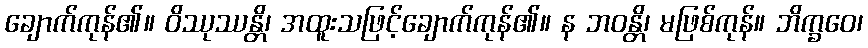
ချောက်ကုန်၏။ ဝိဿုဿန္တိ၊ အထူးသဖြင့်ချောက်ကုန်၏။ န ဘဝန္တိ၊ မဖြစ်ကုန်။ ဘိက္ခဝေ၊